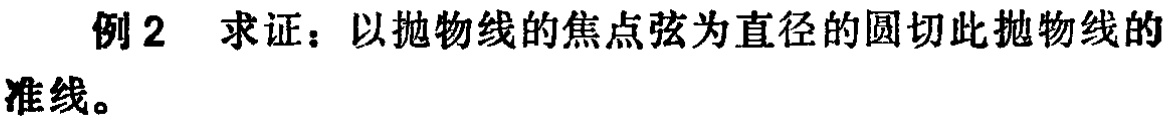
例2 求证：以抛物线的焦点弦为直径的圆切此抛物线的准线。